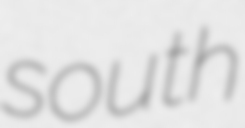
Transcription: south